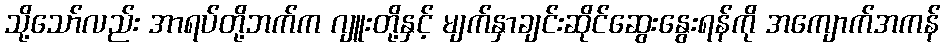
သို့သော်လည်း အာရပ်တို့ဘက်က ဂျူးတို့နှင့် မျက်နှာချင်းဆိုင်ဆွေးနွေးရန်ကို အကျောက်အကန်